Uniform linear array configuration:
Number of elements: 8
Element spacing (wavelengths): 0.75
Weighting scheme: exponential
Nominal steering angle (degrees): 0
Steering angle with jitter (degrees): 1.232
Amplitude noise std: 0.05
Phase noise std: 0.05

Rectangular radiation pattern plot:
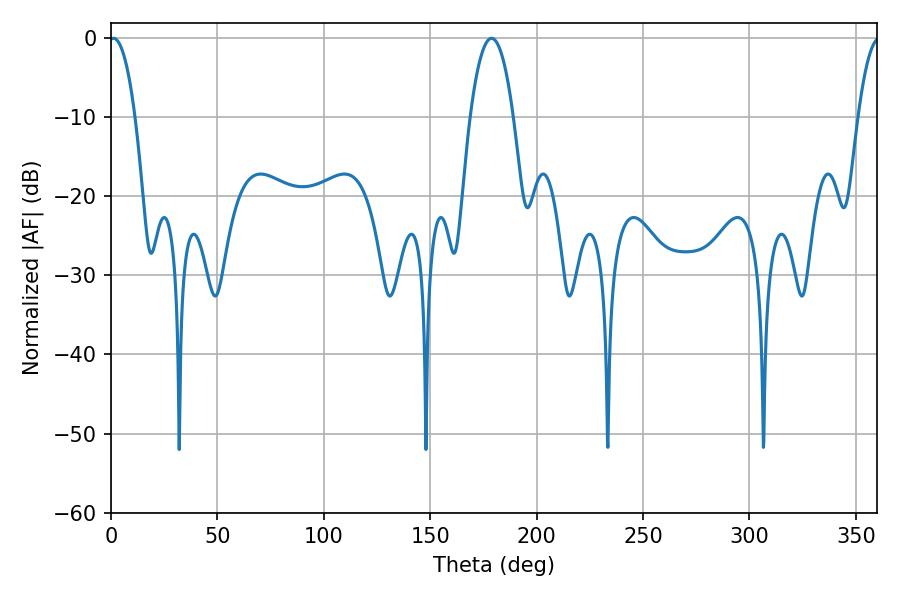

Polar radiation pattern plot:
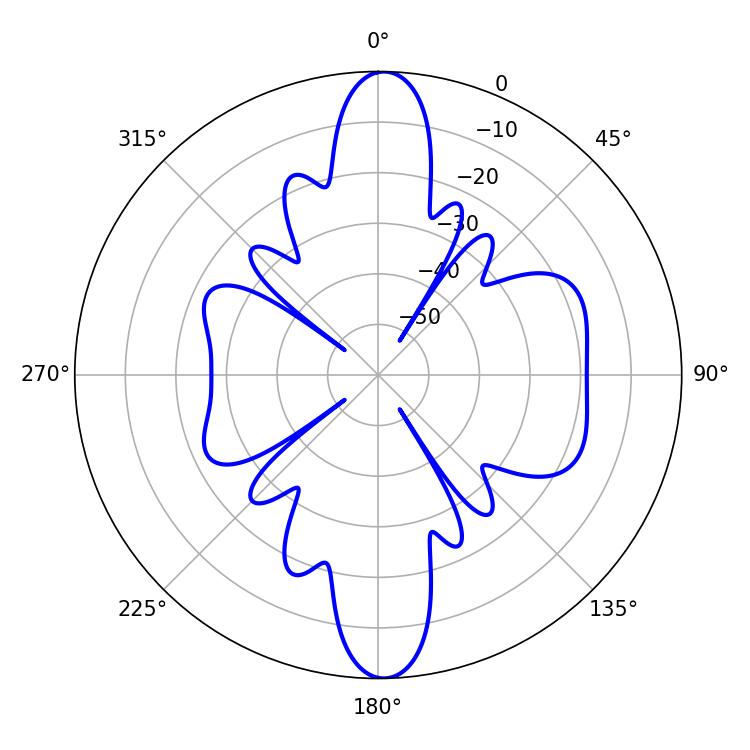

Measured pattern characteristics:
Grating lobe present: TRUE
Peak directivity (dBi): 20.162
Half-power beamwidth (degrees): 6.84
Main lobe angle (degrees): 1.26